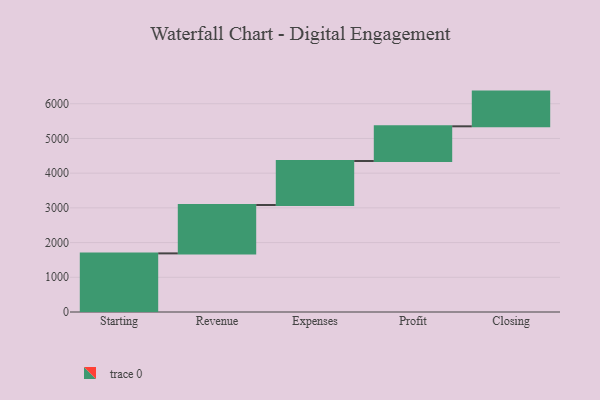
{"axis": {"x": "Step", "y": "Value"}, "legend": [""], "data": [{"x": "Starting", "y": 1689.0, "type": ""}, {"x": "Revenue", "y": 1394.0, "type": ""}, {"x": "Expenses", "y": 1267.0, "type": ""}, {"x": "Profit", "y": 1000, "type": ""}, {"x": "Closing", "y": 1000, "type": ""}]}